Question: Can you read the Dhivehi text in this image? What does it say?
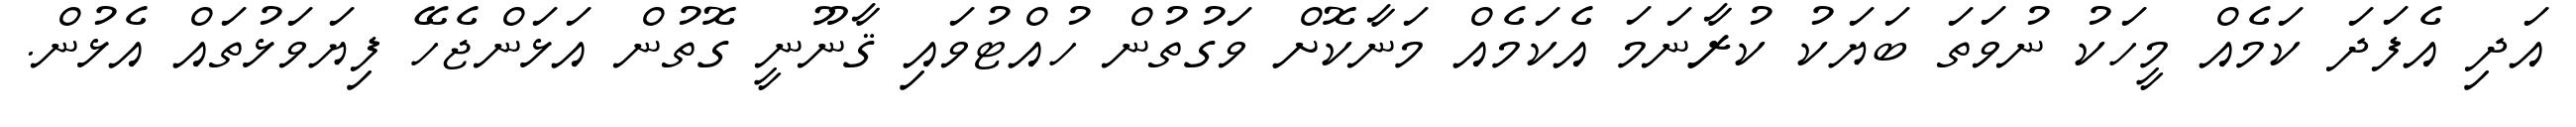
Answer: އަދި އެފަދަ ކަމެއް މީހަކު ނުވަތަ ބަޔަކު ކުރާނަމަ އެކަމެއް މަނާކޮށް ވަގުތުން ހުއްޓުވައި ޤާނޫނީ ގޮތުން އަޅަންޖެހޭ ފިޔަވަޅުތައް އެޅުން.